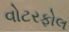
વોટરફોલ